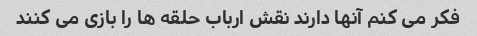
فکر می کنم آنها دارند نقش ارباب حلقه ها را بازی می کنند